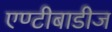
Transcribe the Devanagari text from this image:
एण्टीबाडीज